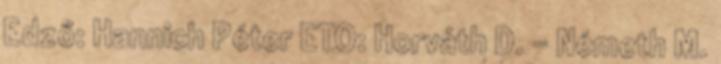
Edző: Hannich Péter ETO: Horváth D. – Németh M.